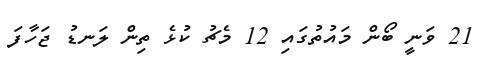
21 ވަނީ ބޯން މައުތުގައި 12 މެޗު ކުޅެ ތިން ލަނޑު ޖަހާފަ